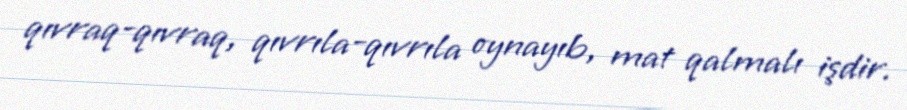
qıvraq-qıvraq, qıvrıla-qıvrıla oynayıb, mat qalmalı işdir.